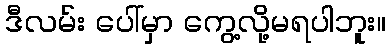
ဒီလမ်း ပေါ်မှာ ကွေ့လို့မရပါဘူး။